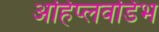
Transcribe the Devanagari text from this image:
अहिप्लवडिंभ